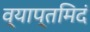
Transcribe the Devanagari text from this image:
व्याप्तमिदं